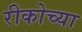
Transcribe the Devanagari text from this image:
रीकोच्या